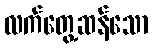
လက်တွေ့ဆန်သော